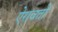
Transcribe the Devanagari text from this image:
ऐरावतो